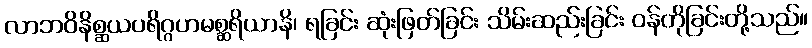
လာဘဝိနိစ္ဆယပရိဂ္ဂဟမစ္ဆရိယာနိ၊ ရခြင်း ဆုံးဖြတ်ခြင်း သိမ်းဆည်းခြင်း ဝန်တိုခြင်းတို့သည်။